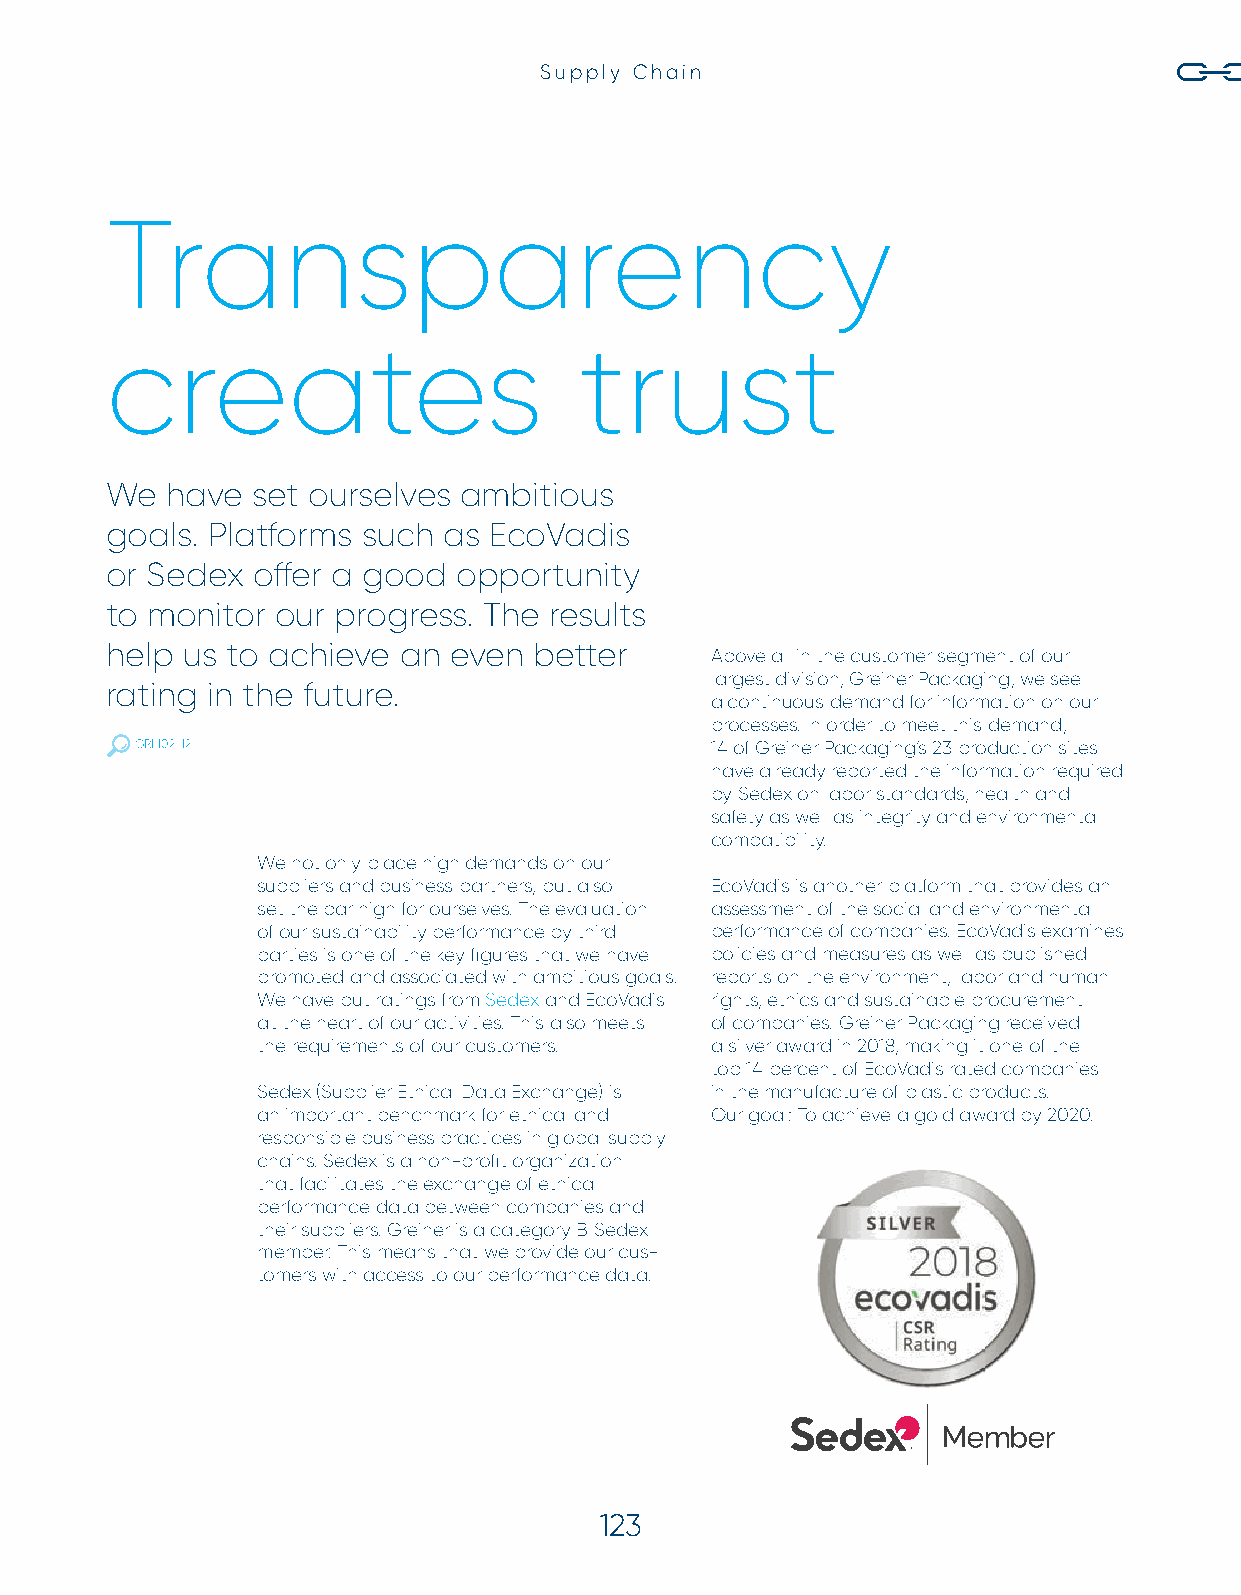
Supply Chain
 Transparency
 creates                        trust
 We  have  set ourselves ambitious
 goals. Platforms such as EcoVadis
 or Sedex  off er a good opportunity
 to monitor our progress. The results
 help us to achieve an  even better
 Above all in the customer segment of our
 largest division, Greiner Packaging, we see
 rating in the future.
 a continuous demand for information on our
 processes. In order to meet this demand,
 GRI 102-12                            14 of Greiner Packaging’s 23 production sites
 have already reported the information required
 by Sedex on labor standards, health and
 safety as well as integrity and environmental
 compatibility.
 We not only place high demands on our
 suppliers and business partners, but also EcoVadis is another platform that provides an
 set the bar high for ourselves. The evaluation assessment of the social and environmental
 of our sustainability performance by third performance of companies. EcoVadis examines
 parties is one of the key fi gures that we have policies and measures as well as published
 promoted and associated with ambitious goals. reports on the environment, labor and human
 We have put ratings from Sedex and EcoVadis rights, ethics and sustainable procurement
 at the heart of our activities. This also meets of companies. Greiner Packaging received
 the requirements of our customers. a silver award in 2018, making it one of the
 top 14 percent of EcoVadis rated companies
 Sedex (Supplier Ethical Data Exchange) is in the manufacture of plastic products.
 an important benchmark for ethical and Our goal: To achieve a gold award by 2020.
 responsible business practices in global supply
 chains. Sedex is a non-profi t organization
 that facilitates the exchange of ethical
 performance data between companies and
 their suppliers. Greiner is a category B Sedex
 member. This means that we provide our cus-
 tomers with access to our performance data.
 123